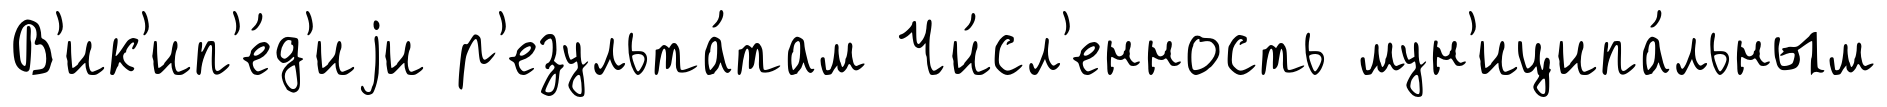
В'ик'ип'е́д'иjи р'езульта́там Чи́сл'енность мун'иципа́льным